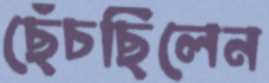
ছেঁচছিলেন